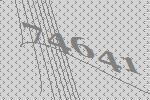
74641